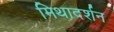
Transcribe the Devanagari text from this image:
मिथादर्शन